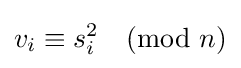
v_{i}\equiv s_{i}^{2}{\pmod {n}}